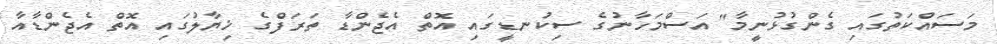
މަސައްކަތުގައި ގެންގުޅުނީމާ" އަސްމަހާނުގެ ސިކުނޑީގައި އޮތް އެޖެންޑާ ތަރަފްގެ ޚިޔާލުގައި އޮތް އެޖެންޑާއާ